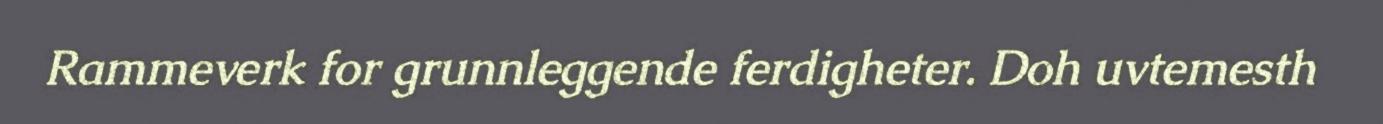
Rammeverk for grunnleggende ferdigheter. Doh uvtemesth